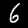
Label: 6